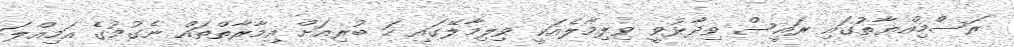
ރަސްމިއްޔާތުގައި ރައީސް ވިދާޅުވީ ވިލިމާލެއަކީ ވިލިމާލޭގައި ހަ ބުރިއަށް އިމާރާތްތައް ނެގުމުގެ އަމިއްލަ